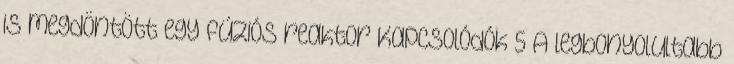
is megdöntött egy fúziós reaktor Kapcsolódók 5 A legbonyolultabb